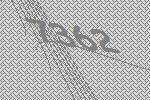
7362